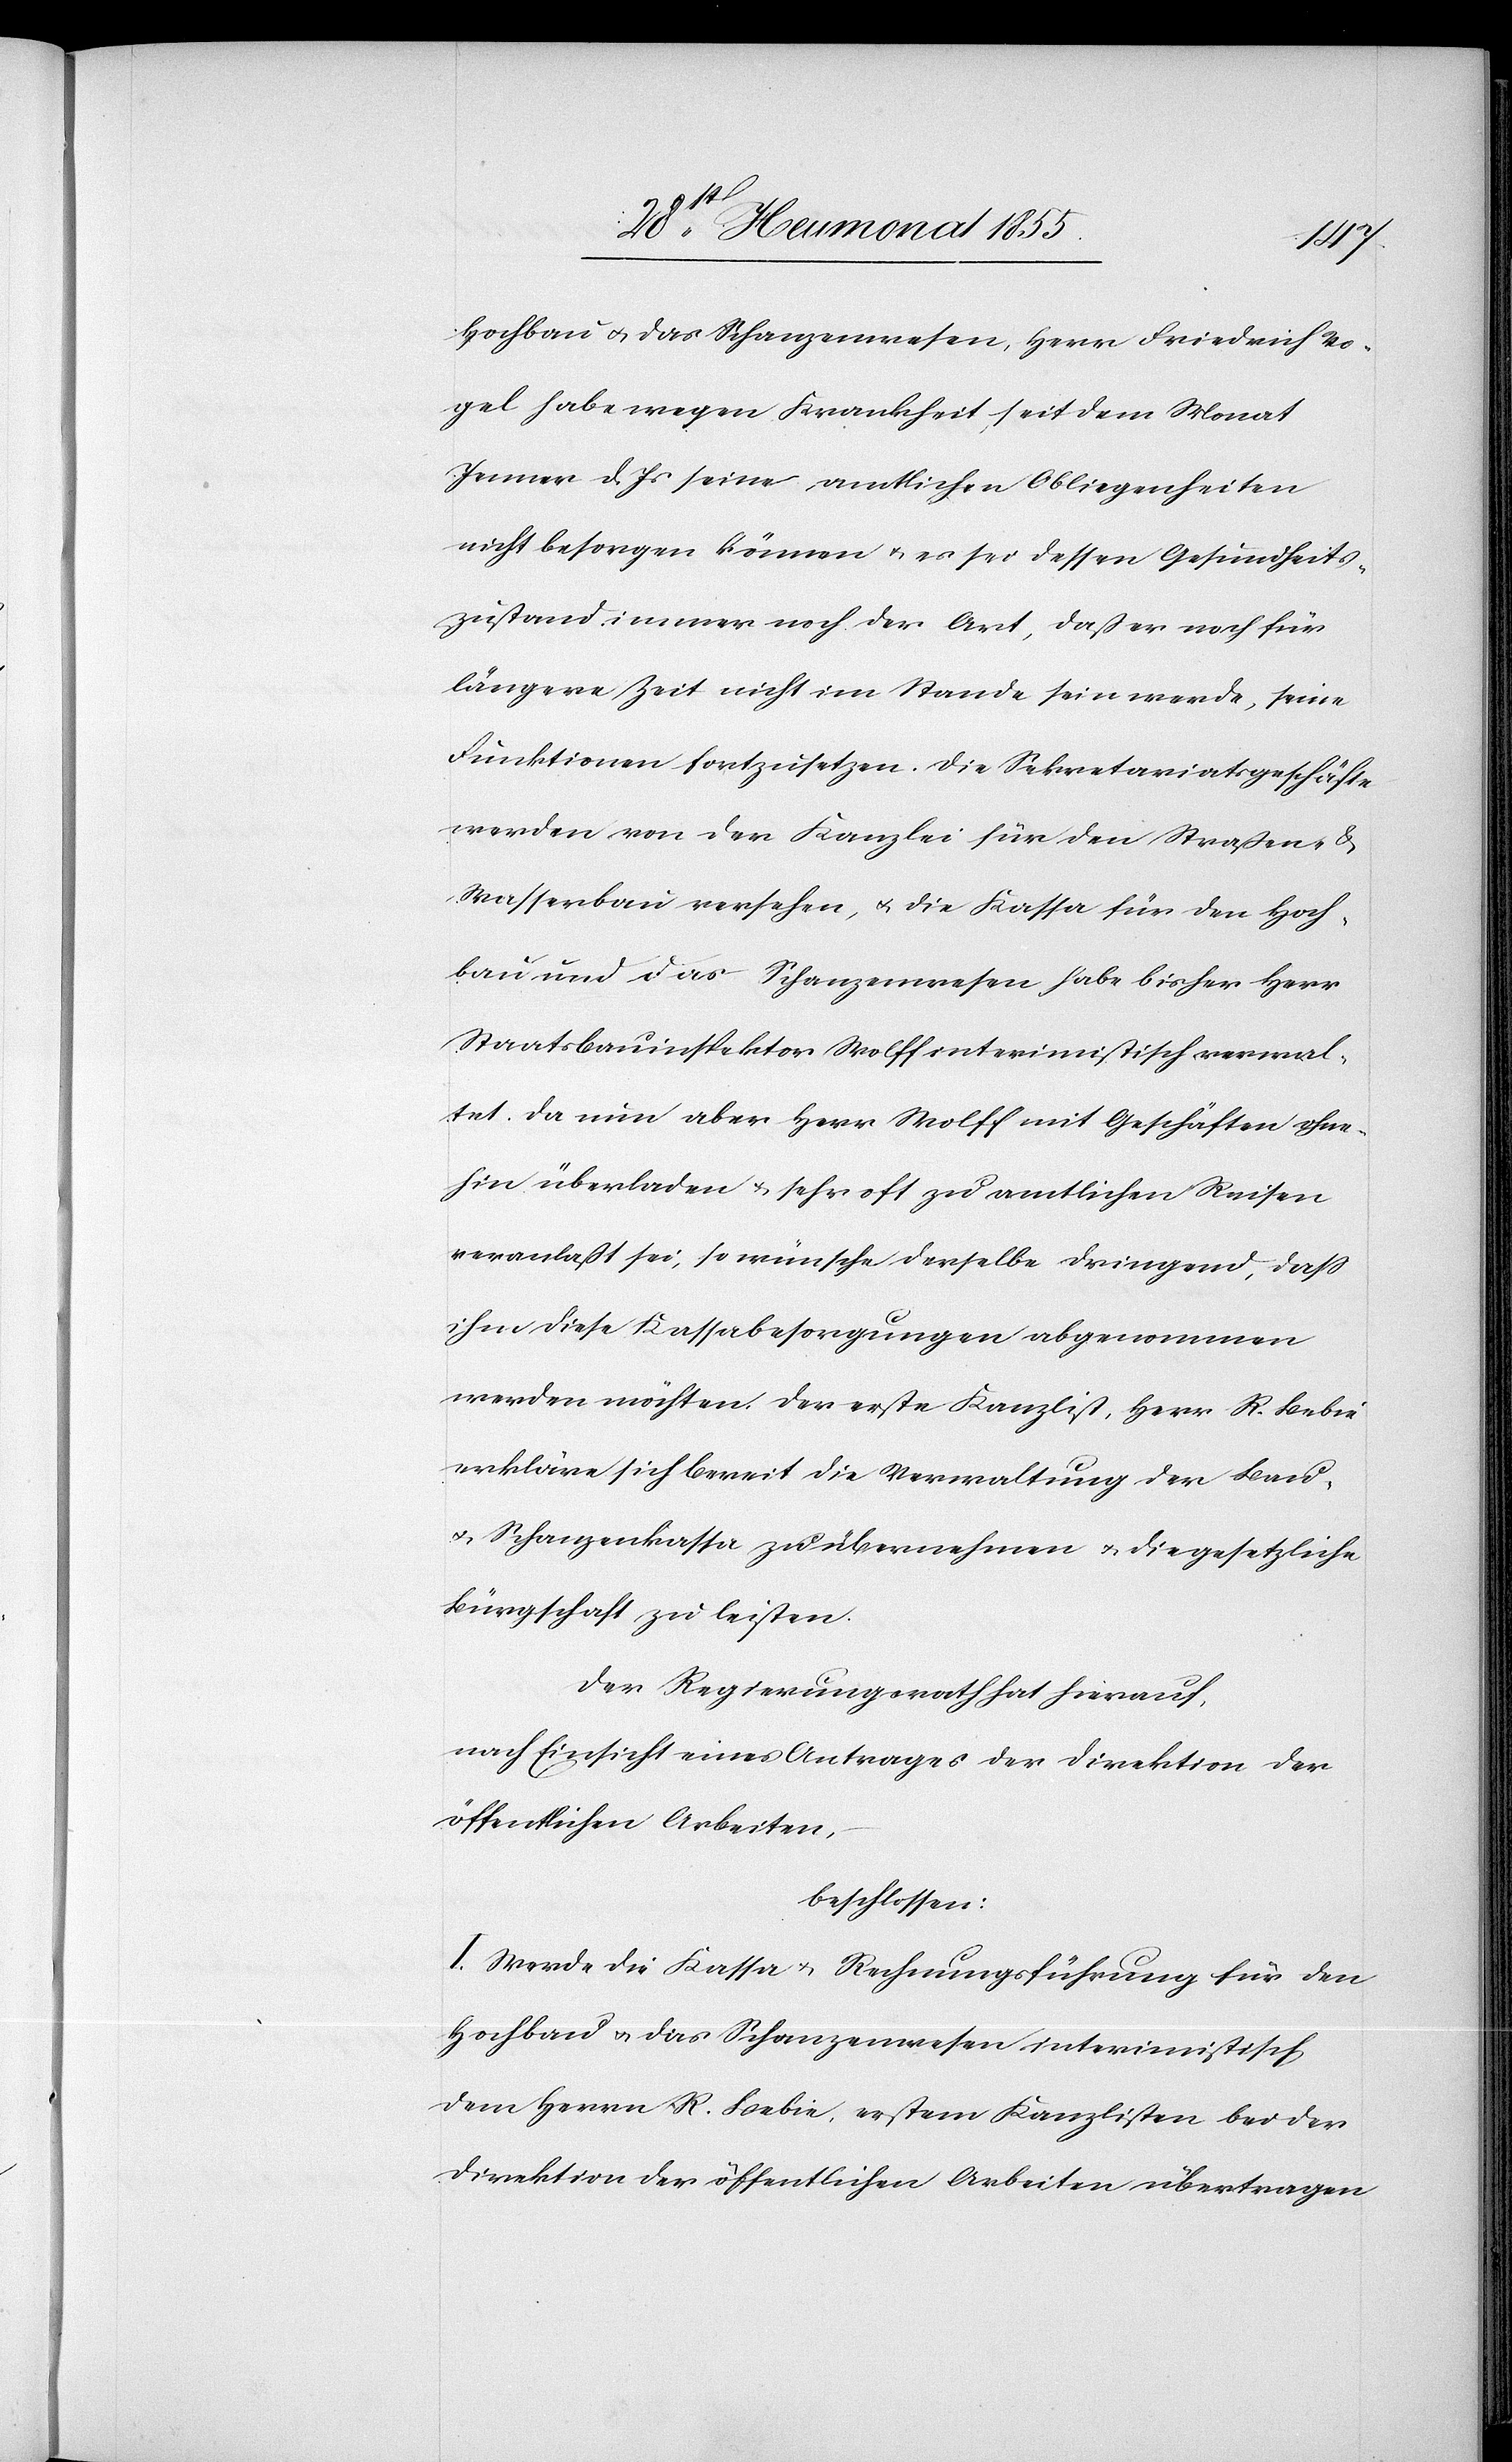
Hochbau & das Schanzenwesen, Herr Friedrich Vo¬
gel habe wegen Krankheit, seit dem Monat
Jenner d. Js seine amtlichen Obliegenheiten
nicht besorgen können & es sei dessen Gesundheits¬
zustand immer noch der Art, daß er noch für
längere Zeit nicht im Stande sein werde, seine
Funktionen fortzusetzen. Die Sekretariatsgeschäfte
werden von der Kanzlei für den Straßen- &
Wasserbau versehen, & die Kassa für den Hoch¬
bau und das Schanzenwesen habe bisher Herr
Staatsbauinspektor Wolff interimistisch verwal¬
tet. Da nun aber Herr Wolff mit Geschäften ohne¬
hin überladen & sehr oft zu amtlichen Reisen
veranlaßt sei, so wünsche derselbe dringend, dass
ihm diese Kassabesorgungen abgenommen
werden möchten. Der erste Kanzlist, Herr R. Bebie
erkläre sich bereit die Verwaltung der Bau-
& Schanzenkassa zu übernehmen & die gesetzliche
Bürgschaft zu leisten.
Der Regierungsrath hat hierauf,
nach Einsicht eines Antrages der Direktion der
öffentlichen Arbeiten,
beschlossen:
I. Werde die Kassa & Rechnungsführung für den
Hochbau & das Schanzenwesen interimistisch
dem Herrn R. Bebie, erstem Kanzlisten bei der
Direktion der öffentlichen Arbeiten übertragen